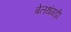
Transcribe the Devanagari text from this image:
बेलथंगड़ी